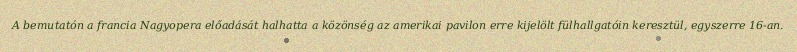
A bemutatón a francia Nagyopera előadását halhatta a közönség az amerikai pavilon erre kijelölt fülhallgatóin keresztül, egyszerre 16-an.